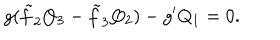
g ( \tilde { f } _ { 2 } Q _ { 3 } - \tilde { f } _ { 3 } Q _ { 2 } ) - g ^ { \prime } Q _ { 1 } = 0 .